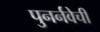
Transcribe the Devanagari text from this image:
पुनर्नवेची